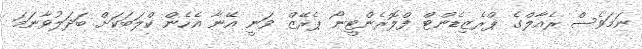
ނަމަވެސް ރެއާލްގެ ޕްރެޒިޑެންޓް ފްލޮރެންޓީނޯ ޕެރޭޒް ވަނީ އޭނާ އެހެން ކްލަބަކަށް ބަދަލުވާނަމަ